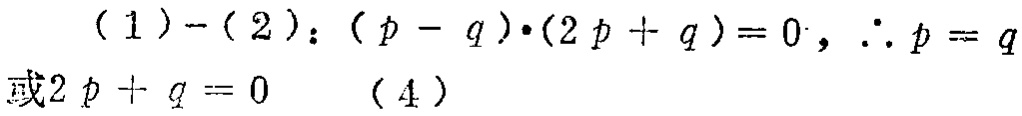
\((1)-(2):(p - q)\cdot(2p + q)=0,\therefore p = q或2p + q = 0\quad(4)\)